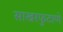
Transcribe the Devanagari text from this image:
साखरफुटाणे